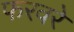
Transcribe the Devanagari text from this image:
फरवरे